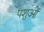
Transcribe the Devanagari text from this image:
पशुआें